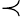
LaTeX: \prec